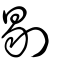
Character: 剔